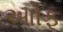
આોફ